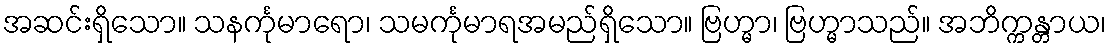
အဆင်းရှိသော။ သနင်္ကုမာရော၊ သမင်္ကုမာရအမည်ရှိသော။ ဗြဟ္မာ၊ ဗြဟ္မာသည်။ အဘိက္ကန္တာယ၊